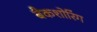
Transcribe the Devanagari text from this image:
बैकशोरिंग